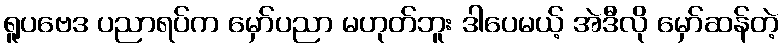
ရူပဗေဒ ပညာရပ်က မှော်ပညာ မဟုတ်ဘူး ဒါပေမယ့် အဲဒီလို မှော်ဆန်တဲ့